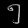
Digit: ၅